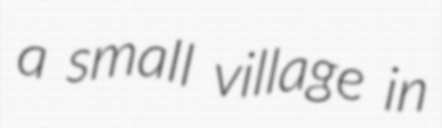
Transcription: a small village in